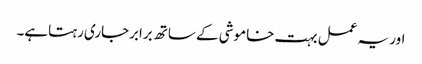
اور یہ عمل بہت خاموشی کے ساتھ برابرجاری رہتاہے۔